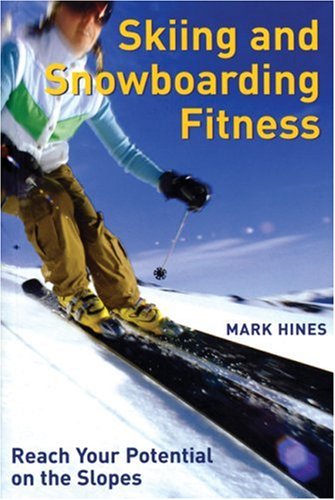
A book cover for Skiing and Snowboarding Fitness: Reach Your Potential on the Slopes; Mark Hines; Sports & Outdoors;